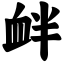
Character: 衅